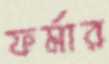
ফর্মার